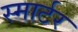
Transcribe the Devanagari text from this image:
स्मार्टर